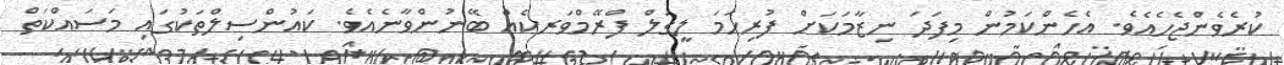
ކުރެވެންޖެހެއެވެ. އެހެންކަމުން މިފަދަ ނިޒާމަކަށް ފުރިހަމަ ލީގަލް ފްރޭމްވަރކެއް ބޭނުންވާނެއެވެ. ކައުންސިލްތަކުގައި މަސައްކަތް